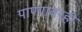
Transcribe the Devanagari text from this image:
पाण्यावरही